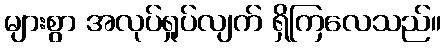
များစွာ အလုပ်ရှုပ်လျက် ရှိကြလေသည်။